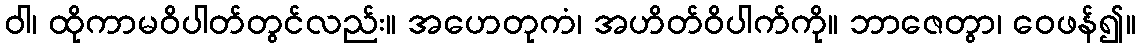
ဝါ၊ ထိုကာမဝိပါတ်တွင်လည်း။ အဟေတုကံ၊ အဟိတ်ဝိပါက်ကို။ ဘာဇေတွာ၊ ဝေဖန်၍။